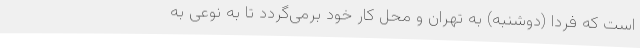
است که فردا (دوشنبه) به تهران و محل کار خود برمی‌گردد تا به نوعی به